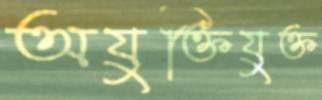
অযুক্তিযুক্ত